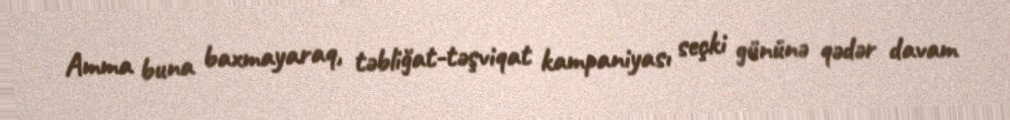
Amma buna baxmayaraq, təbliğat-təşviqat kampaniyası seçki gününə qədər davam